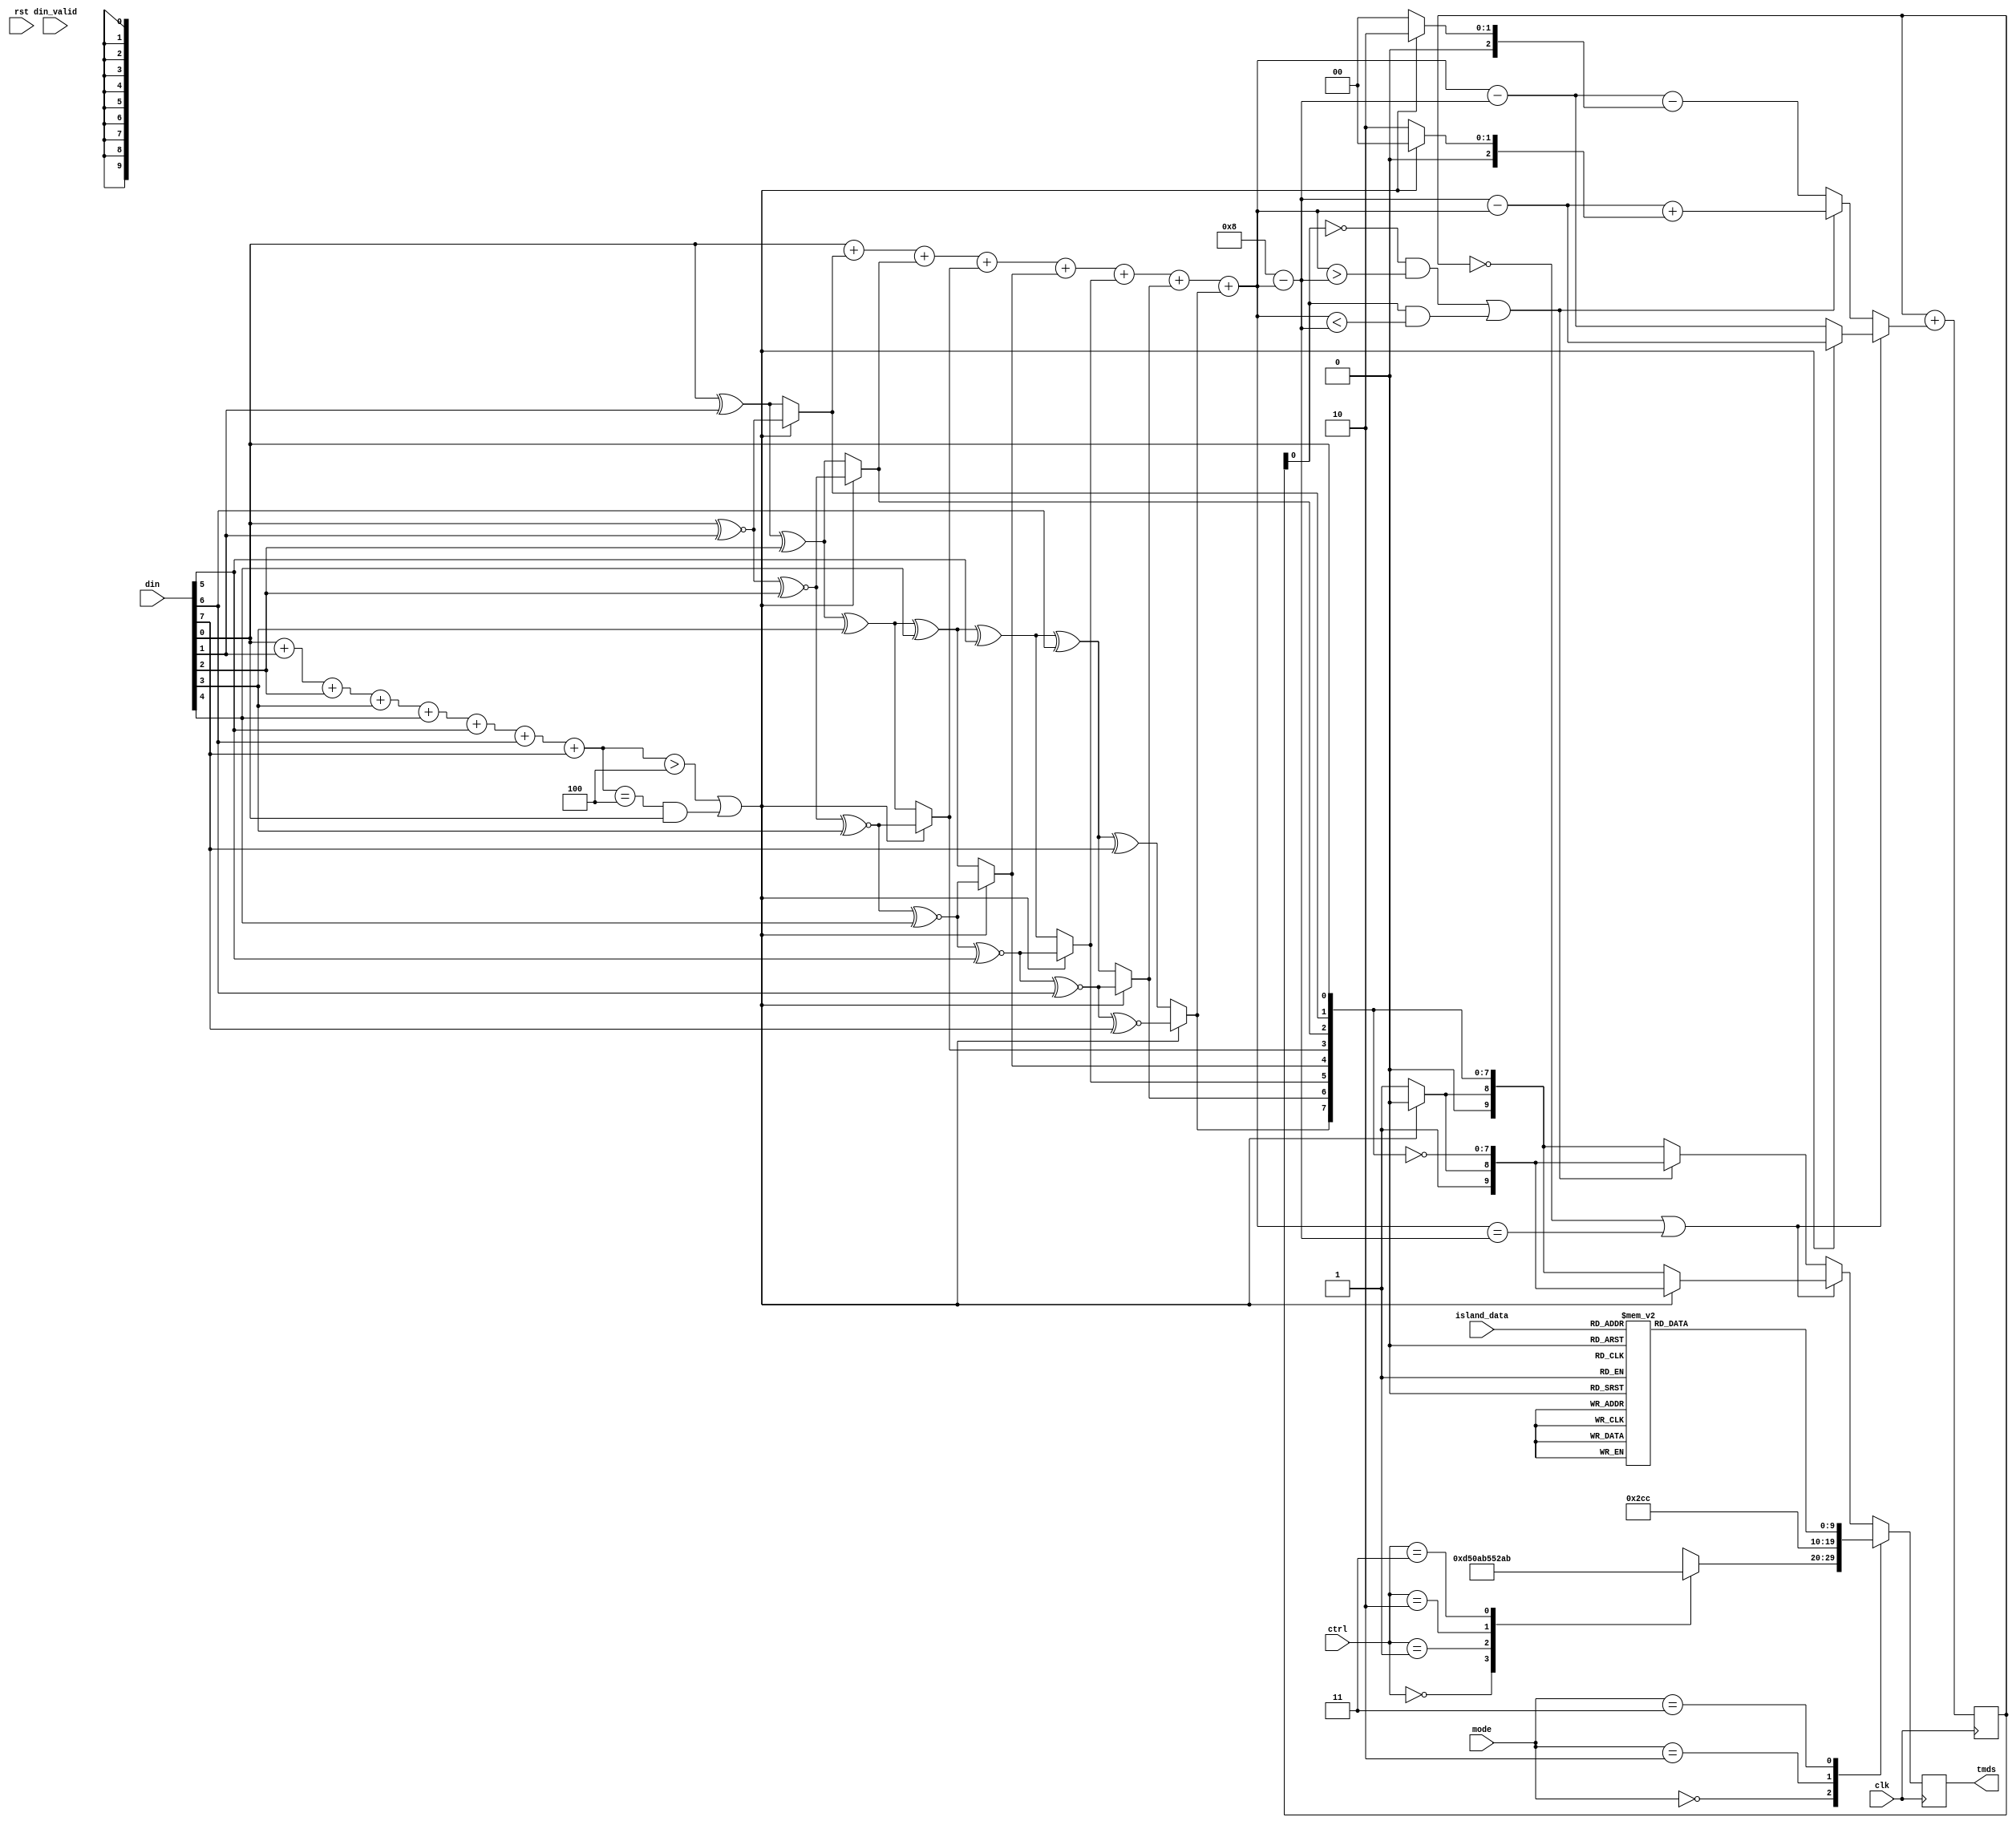
`default_nettype none

/*
Based in https://github.com/hdl-util/hdmi/blob/master/src/tmds_channel.sv
*/


module tmds_encoder #(
    parameter CHANNEL = 0
) (
    input wire clk,
    input wire rst,

    input wire [7:0] din,
    input wire [3:0] island_data, //audio+other stuffs
    input wire din_valid,
    input wire [1:0] ctrl,
    input wire [2:0] mode,  //0:control, 1:video, 2:video guard, 3:island, 4:island guard
    output reg [9:0] tmds
);


//first stage of encoding. Encode each bit with the xor of the previous
//bits, also if the quantities of ones is greater than the zeros instead
//of a xor use a xnor

reg [2:0] cnt=0;
reg [8:0] q_m=0;
reg [9:0] q_out =0;

reg signed [4:0] N1q=0;
reg signed [4:0] N0q=0;

reg signed [4:0] acc=5'sd0, acc_add=5'sd0;

always@(posedge clk)begin
    acc <= acc+acc_add;
end


always@(*)begin
    cnt = din[0]+din[1]+din[2]+din[3]+din[4]+din[5]+din[6]+din[7];
    N1q = q_m[0]+q_m[1]+q_m[2]+q_m[3]+q_m[4]+q_m[5]+q_m[6]+q_m[7];
    N0q = 5'sd8-N1q;
end

//first encode scheme (xor and the xnor)
integer i;
always@(*)begin
    if(cnt>4'd4 ||((cnt==4'd4)&& din[0]))begin
        q_m[0] = din[0];
        for(i=0; i<7; i=i+1)begin
            q_m[i+1] = q_m[i] ~^ din[i+1];
        end
        q_m[8] = 1'b0;
    end
    else begin
        q_m[0] = din[0];
        for(i=0;i<7; i=i+1)begin
            q_m[i+1] = q_m[i] ^ din[i+1];
        end
        q_m[8] = 1'b1;
    end
end

//second encoding
always@(*) begin
    if(acc==0 || (N1q==N0q))begin
        if(q_m[8])begin
            q_out = {~q_m[8],q_m};
            acc_add = N1q-N0q;
        end
        else begin
            q_out = {~q_m[8], q_m[8], ~q_m[7:0]};
            acc_add = N0q-N1q;
        end
    end
    else begin
        if((~acc[0] && (N1q>N0q)) || (acc[0]&&(N1q<N0q)))begin
            q_out = {1'b1, q_m[8], ~q_m[7:0]};
            acc_add = (N0q - N1q) + (q_m[8] ? 5'sd2 : 5'sd0);
        end
        else begin
            q_out = {1'b0, q_m[8], q_m[7:0]};
            acc_add = (N1q - N0q) - (~q_m[8] ? 5'sd2 : 5'sd0);
        end
    end
end

//control data 
reg [9:0] control_coding;
always@(*)begin
    case(ctrl)
        2'b00: control_coding = 10'b1101010100;
        2'b01: control_coding = 10'b0010101011;
        2'b10: control_coding = 10'b0101010100;
        2'b11: control_coding = 10'b1010101011;
    endcase
end


//terc4 encoding
reg [9:0] terc4_coding;
always@(*)begin
    case(island_data)
        4'b0000 : terc4_coding = 10'b1010011100;
        4'b0001 : terc4_coding = 10'b1001100011;
        4'b0010 : terc4_coding = 10'b1011100100;
        4'b0011 : terc4_coding = 10'b1011100010;
        4'b0100 : terc4_coding = 10'b0101110001;
        4'b0101 : terc4_coding = 10'b0100011110;
        4'b0110 : terc4_coding = 10'b0110001110;
        4'b0111 : terc4_coding = 10'b0100111100;
        4'b1000 : terc4_coding = 10'b1011001100;
        4'b1001 : terc4_coding = 10'b0100111001;
        4'b1010 : terc4_coding = 10'b0110011100;
        4'b1011 : terc4_coding = 10'b1011000110;
        4'b1100 : terc4_coding = 10'b1010001110;
        4'b1101 : terc4_coding = 10'b1001110001;
        4'b1110 : terc4_coding = 10'b0101100011;
        4'b1111 : terc4_coding = 10'b1011000011;
    endcase
end

//video guard band
wire [9:0] video_guard_band;
generate
    if (CHANNEL == 0 || CHANNEL == 2)
        assign video_guard_band = 10'b1011001100;
    else
        assign video_guard_band = 10'b0100110011;
endgenerate

//data island guard
/*
wire [9:0] data_guard_band;
generate
    if (CHANNEL == 1 || CHANNEL == 2)
        assign data_guard_band = 10'b0100110011;
    else
        assign data_guard_band = (control_data == 2'b00) ? 10'b1010001110
            : control_data == 2'b01 ? 10'b1001110001
            : control_data == 2'b10 ? 10'b0101100011
            : 10'b1011000011;
endgenerate
*/



//apply the selected mode
always@(posedge clk)begin
    case(mode)
        3'd0: tmds <= control_coding;
        3'd1: tmds <= q_out;
        3'd2: tmds <= video_guard_band;
        3'd3: tmds <= terc4_coding;
        //3'd4: tmds <= data_guard_band;
        default: tmds <= q_out;
    endcase
end

endmodule